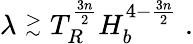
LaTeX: \lambda\stackrel{>}{_\sim}T_{R}^{\frac{3n}{2}}H_{b}^{4-\frac{3n}{2}}\; .